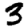
Digit: 3